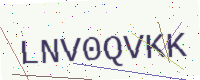
Text: LNV0QVKK